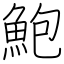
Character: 鮑